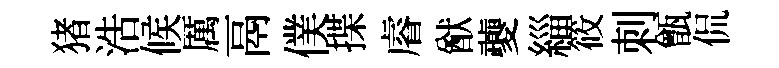
猪浩候厲鬲僕揲𥈠猷夔緇筱刺甑侃